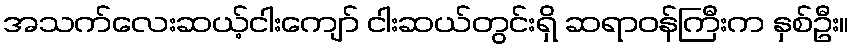
အသက်လေးဆယ့်ငါးကျော် ငါးဆယ်တွင်းရှိ ဆရာဝန်ကြီးက နှစ်ဦး။